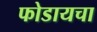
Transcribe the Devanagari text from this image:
फोडायचा